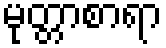
မုတ္တာစာရာ